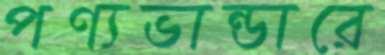
পণ্যভান্ডারে